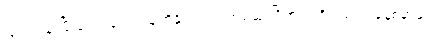
ဖြတ်သန်းပြီးခဲ့တဲ့နောက် သူတို့နိုင်ငံရဲ့ ပထမဆုံးဂြိုဟ်တုကို ၁၉၇၀ ခုနှစ်မှာမှ